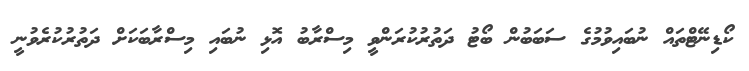
ކޯޑިނޭޓްތައް ނުބައިވުމުގެ ސަބަބުން ބޯޓު ދަތުރުކުރަންވީ މިސްރާބު އޮޅި ނުބައި މިސްރާބަކަށް ދަތުރުކުރެވުނީ